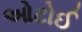
ઓટોઈ